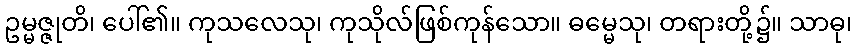
ဥမ္မဇ္ဇုတိ၊ ပေါ်၏။ ကုသလေသု၊ ကုသိုလ်ဖြစ်ကုန်သော။ ဓမ္မေသု၊ တရားတို့၌။ သာဓု၊